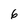
Character: 6